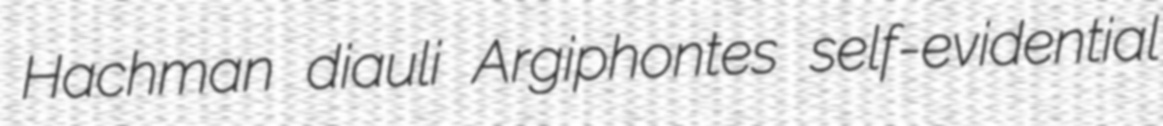
Hachman diauli Argiphontes self-evidential